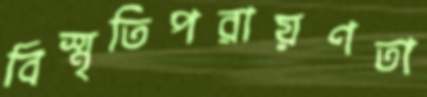
বিস্মৃতিপরায়ণতা